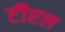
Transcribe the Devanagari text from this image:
टीएल